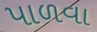
પાળવા